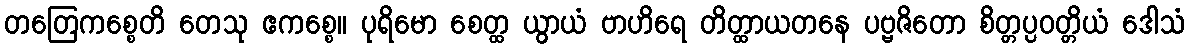
တတြေကစ္စေတိ တေသု ဧကစ္စေ။ ပုရိမော စေတ္ထ ယွာယံ ဗာဟိရေ တိတ္ထာယတနေ ပဗ္ဗဇိတော စိတ္တပ္ပဝတ္တိယံ ဒေါသံ